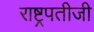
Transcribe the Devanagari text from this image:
राष्ट्रपतीजी